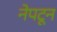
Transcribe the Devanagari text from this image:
नेपटून